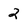
Character: 2